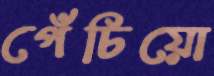
পেঁচিয়ো